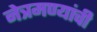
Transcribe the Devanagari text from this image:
नेत्रमण्यांची